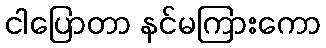
ငါပြောတာ နင်မကြားကော